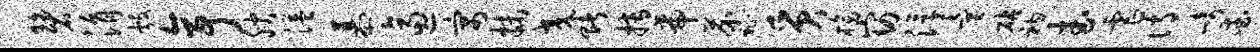
碧涓彀亭腴溢慕逼寓抹交赌搏帝芥祉质榜窈浮童砧衲武虐诗崎爱